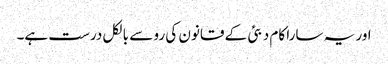
اور یہ سارا کام دبئی کے قانون کی رو سے بالکل درست ہے۔